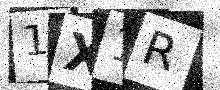
Text: 1X1R